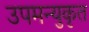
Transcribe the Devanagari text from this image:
उपमन्युकृत